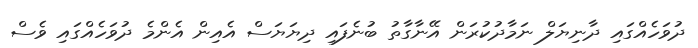
ދުވަހެއްގައި ދާނިޔަލް ނަމާދުކުރަން އޭނާގާތު ބުނެފައި ދިޔަޔަސް އެއިން އެންމެ ދުވަހެއްގައި ވެސް